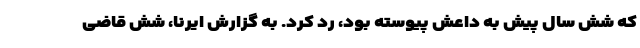
که شش سال پیش به داعش پیوسته بود، رد کرد. به گزارش ایرنا، شش قاضی